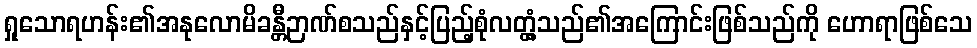
ရှုသောရဟန်း၏အနုလောမိခန္တီဉာဏ်စသည်နှင့်ပြည့်စုံလတ္တံ့သည်၏အကြောင်းဖြစ်သည်ကို ဟောရာဖြစ်သေ